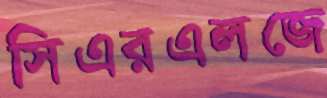
সিএরএলজে